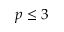
p \leq 3